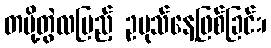
တပို့တွဲလပြည့် ဥပုသ်နေ့ဖြစ်ခြင်း၊